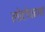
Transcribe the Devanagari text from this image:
लोटोफागा